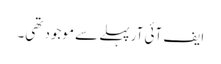
ایف آئی آرپہلے سے موجود تھی۔